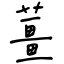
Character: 薑